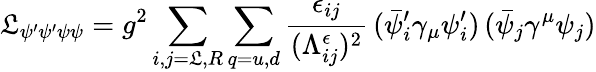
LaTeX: \mathfrak{L}_{\psi^{\prime}\psi^{\prime}\psi\psi}=g^{2}\sum_{i,j=\mathfrak{L},R}\sum_{q=u,d}\frac{{\epsilon_{ij}}}{{(\Lambda_{ij}^{\epsilon})^{2}}}\, (\bar{{\psi}}_{i}^{\prime}\gamma_{\mu}\psi_{i}^{\prime})\, (\bar{{\psi}}_{j}\gamma^{\mu}\psi_{j})